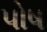
પોષ